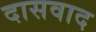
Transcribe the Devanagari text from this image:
दासवाद